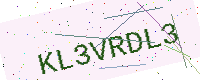
Text: KL3VRDL3